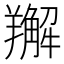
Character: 𦏘